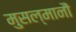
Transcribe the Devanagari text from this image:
मुसल्मानौं